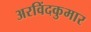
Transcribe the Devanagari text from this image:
अरविंदकुमार